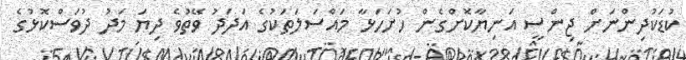
ކުޑަކުދިންނަށް ޖިންސީ އަނިޔާކޮށްގެން ހުށަހަޅާ މައްސަލަތަކުގެ އަދަދު ވޭތުވެ ދިޔަ މަދު ދުވަސްކޮޅުގެ